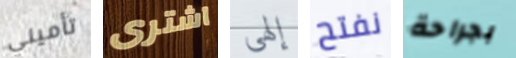
تأميني اشترى إلهي نفتح بجراحة